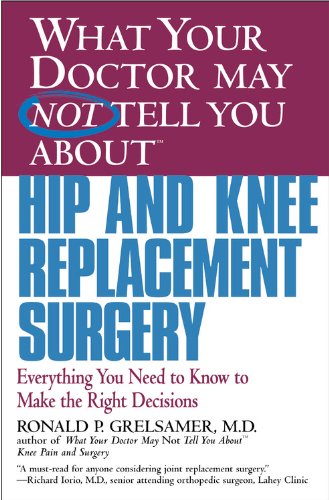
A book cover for What Your Doctor May Not Tell You About(TM) Hip and Knee Replacement Surgery: Everything You Need to Know to Make the Right Decisions; Ronald P. Grelsamer; Health, Fitness & Dieting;